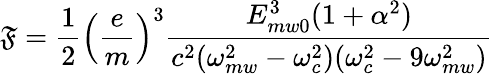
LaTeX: \mathfrak{F}=\frac{{1}}{{2}}\left(\frac{{e}}{{m}}\right)^{3}\frac{{E_{mw0}^{3}(1+\alpha^{2})}}{{c^{2}(\omega_{mw}^{2}-\omega_{c}^{2})(\omega_{c}^{2}-9\omega_{mw}^{2})}}